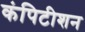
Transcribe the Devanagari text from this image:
कंपिटीशन